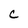
Character: C